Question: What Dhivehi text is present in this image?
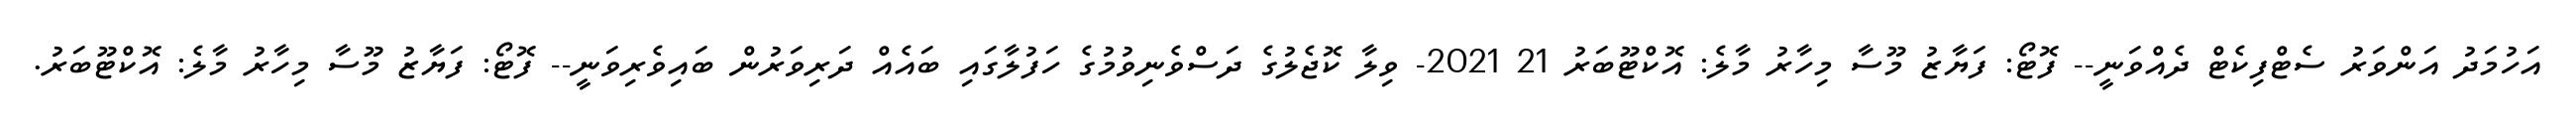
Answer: އަހުމަދު އަންވަރު ސެޓްފިކެޓް ދެއްވަނީ-- ފޮޓޯ: ފަޔާޒު މޫސާ މިހާރު މާލެ: އޮކްޓޫބަރު 21 2021- ވިލާ ކޮޖެލުގެ ދަސްވެނިވުމުގެ ހަފުލާގައި ބައެއް ދަރިވަރުން ބައިވެރިވަނީ-- ފޮޓޯ: ފަޔާޒު މޫސާ މިހާރު މާލެ: އޮކްޓޫބަރު.